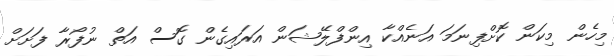
މިހެން މިކަން ކޮށްފިނަމަ އަނެއްކާ އިންފްލޭޝަން އަރައިގެން ގޮސް އަތް ނުފޯރާ ފަށަށް